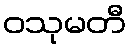
ဝသုမတီ